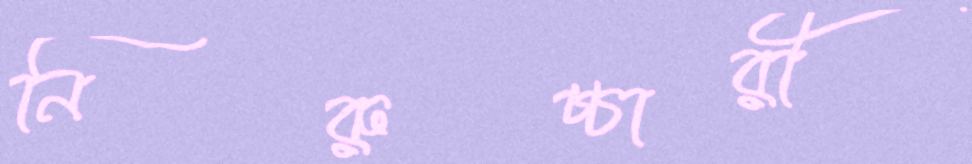
নিরুচ্চারী